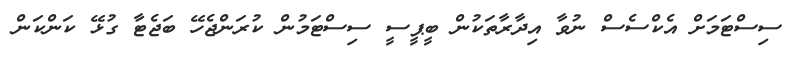
ސިސްޓަމަށް އެކްސެސް ނުވާ އިދާރާތަކުން ބީޕީސީ ސިސްޓަމުން ކުރަންޖެހޭ ބަޖެޓާ ގުޅޭ ކަންކަން